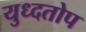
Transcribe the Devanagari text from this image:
युध्दतोप